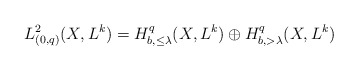
\begin{align*} L^2_{(0,q)}(X,L^k)=H^q_{b,\leq\lambda}(X, L^k)\oplus H^q_{b,>\lambda}(X, L^k)\end{align*}